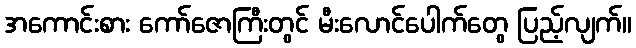
အကောင်းစား ကော်ဇောကြီးတွင် မီးလောင်ပေါက်တွေ ပြည့်လျက်။